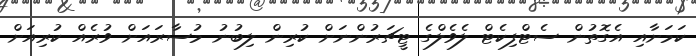
ކަމަށާއި އެގޮތުން ސެޓްފިކެޓް ލެވެލްގެ ޓީޗަރުންނަށް ކުރިން ލިބުނު މުސާރައަށް ވުރެއް ކުރިއަށް